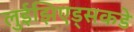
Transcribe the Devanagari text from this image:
लुईझिएड्सकडे